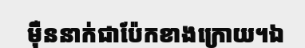
ម៉ឺននាក់ជាប៉ែកខាងក្រោយ។ឯ